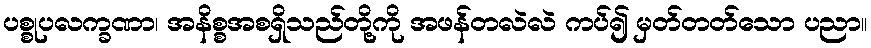
ပစ္စုပလက္ခဏာ၊ အနိစ္စအစရှိသည်တို့ကို အဖန်တလဲလဲ ကပ်၍ မှတ်တတ်သော ပညာ။